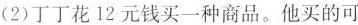
丁丁花12元钱买一种商品。他买的可